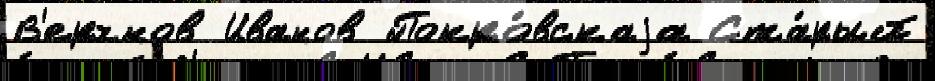
В'ерхнов Иванов Покро́вскаjа Ста́рый